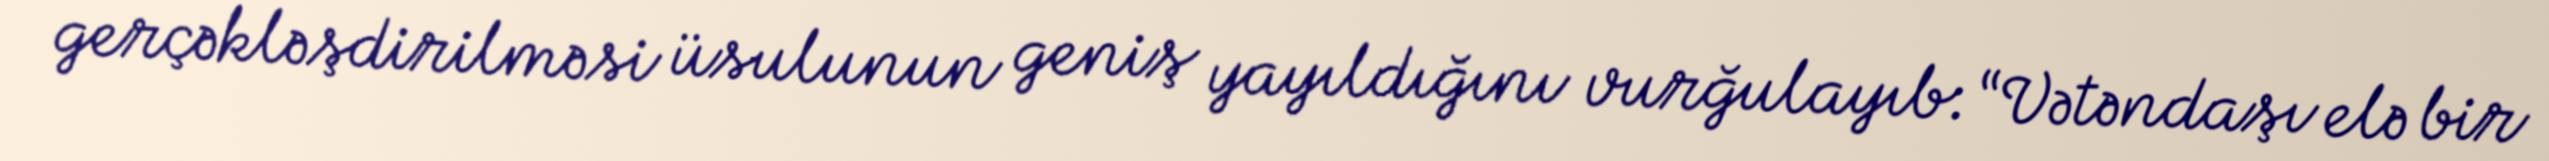
gerçəkləşdirilməsi üsulunun geniş yayıldığını vurğulayıb: “Vətəndaşı elə bir